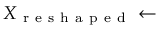
X _ { \mathrm { ~ r ~ e ~ s ~ h ~ a ~ p ~ e ~ d ~ } } \leftarrow